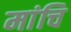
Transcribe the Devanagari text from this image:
मांचि